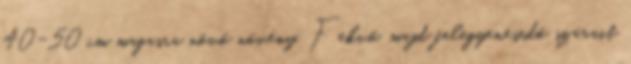
40-50 cm magasra növő növény. Fekvő, majd felegyenesedő szárait